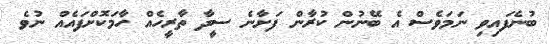
ބުނެފައިވި ނަމަވެސް އެ ބޭނުން ކުރާން ފަށާނެ ސީދާ ތާރީހެއް ހާމަކޮށްފައެއް ނުވެ